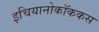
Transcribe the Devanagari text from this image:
इचियानोकॉककस